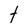
Character: t